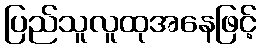
ပြည်သူလူထုအနေဖြင့်